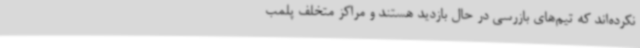
نکرده‌اند که تیم‌های بازرسی در حال بازدید هستند و مراکز متخلف پلمب